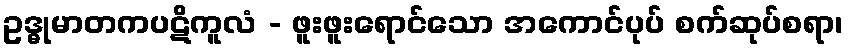
ဥဒ္ဓုမာတကပဋိကူလံ - ဖူးဖူးရောင်သော အကောင်ပုပ် စက်ဆုပ်စရာ၊